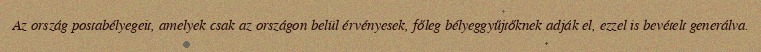
Az ország postabélyegeit, amelyek csak az országon belül érvényesek, főleg bélyeggyűjtőknek adják el, ezzel is bevételt generálva.